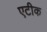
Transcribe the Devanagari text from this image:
एटीक